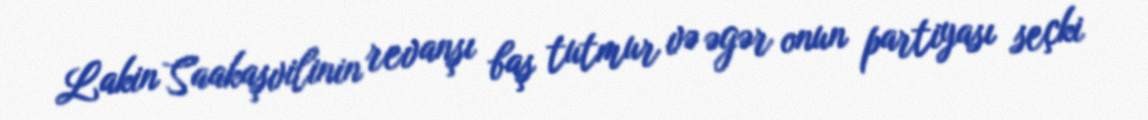
Lakin Saakaşvilinin revanşı baş tutmur və əgər onun partiyası seçki